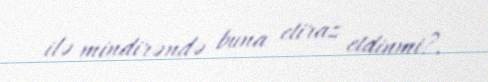
ilə mindirəndə buna etiraz etdinmi?.